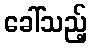
ခေါ်သည့်